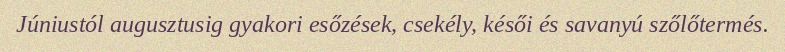
Júniustól augusztusig gyakori esőzések, csekély, késői és savanyú szőlőtermés.